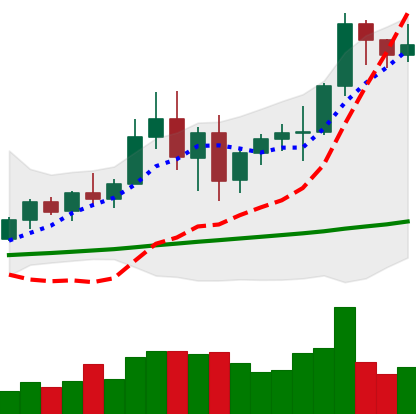
Ticker: BNB-USD
Chart end date: 2021-01-01
Forward return: 11.241%
Label: up_7plus